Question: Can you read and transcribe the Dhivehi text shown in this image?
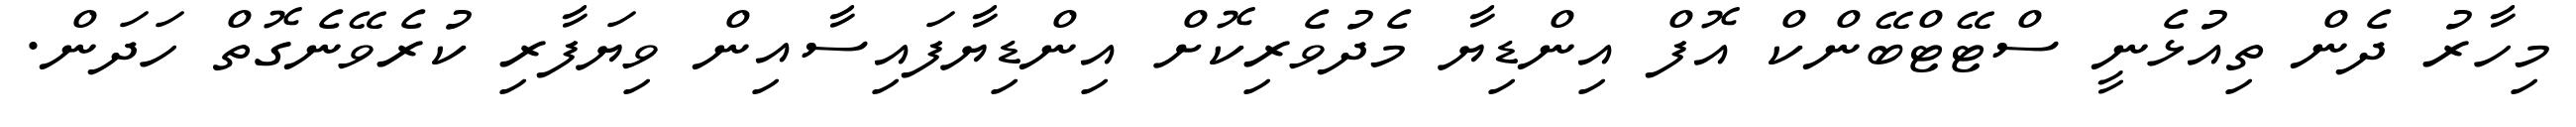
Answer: މިހާރު ދެން ތިއުޅެނީ ސްޓޭޓްބޭންކް އޮފް އިންޑިޔާ މެދުވެރިކޮށް އިންޑިޔާފައިސާއިން ވިޔަފާރި ކުރެވޭނެގޮތް ހަދަން.